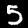
Label: 5